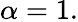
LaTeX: \alpha=1.